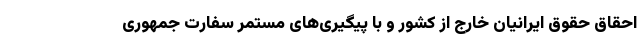
احقاق حقوق ایرانیان خارج از کشور و با پیگیری‌های مستمر سفارت جمهوری